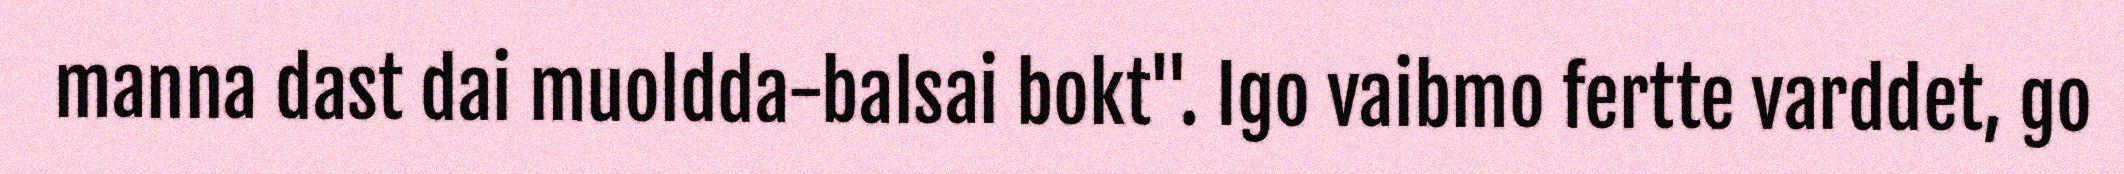
manna dast dai muoldda-balsai bokt". Igo vaibmo fertte varddet, go